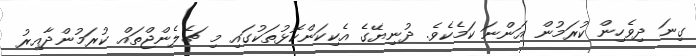
ގިނަ ދިވެހިން ކުރަމުން އަންނަ ކަމެކެވެ. ދުނިޔޭގެ އެކިކަންކޮޅުތަކުގައި މި ޗެލެންޖްތައް ކުރަމުންދާއިރު